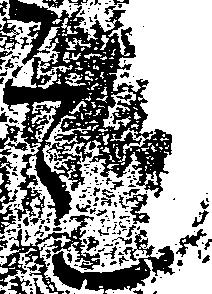
是